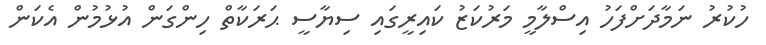
ހުކުރު ނަމާދަށްފަހު އިސްލާމީ މަރުކަޒު ކައިރީގައި ސިޔާސީ ޙަރަކާތް ހިންގަން އުޅުމުން އެކަން